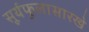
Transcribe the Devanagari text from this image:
सूर्यफूलासारखे